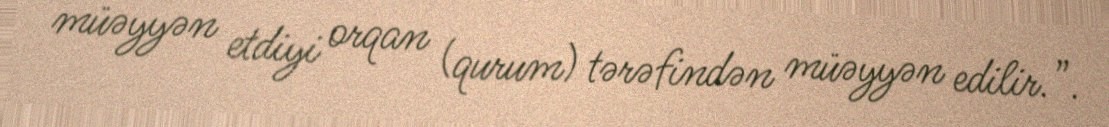
müəyyən etdiyi orqan (qurum) tərəfindən müəyyən edilir.”.